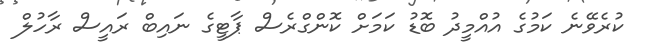
ކުރެވޭނެ ކަމުގެ އުއްމީދު ބޮޑު ކަމަށް ކޮންގްރެސް ޕާޓީގެ ނައިބް ރައީސް ރާހުލް